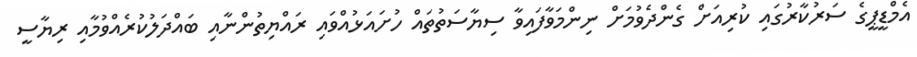
އެމްޑީޕީގެ ސަރުކާރުގައި ކުރިއަށް ގެންދެވުމަށް ނިންމަވާފައިވާ ސިޔާސަތުތައް ހުށައަޅުއްވައި ރައްޔިތުންނާއި ބައްދަލުކުރެއްވުމާއި ރިޔާސީ